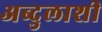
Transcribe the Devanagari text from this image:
अब्दुलाशी